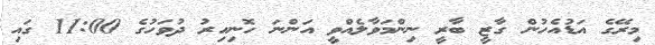
މިރޭގެ އަޑުއެހުން ގާޒީ ބާރީ ނިންމަވާލެއްވީ އަންނަ ހޮނިހިރު ދުވަހުގެ 11:00 ގައި